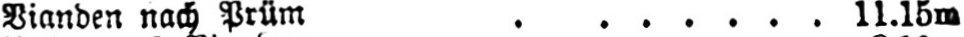
Bianden nach Prüm ....... 11.15m